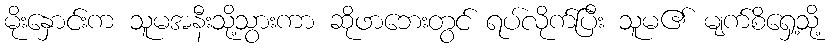
မိုးနှောင်းက သူမအနီးသို့သွားကာ ဆိုဖာဘေးတွင် ရပ်လိုက်ပြီး သူမ၏ မျက်စိရှေ့သို့